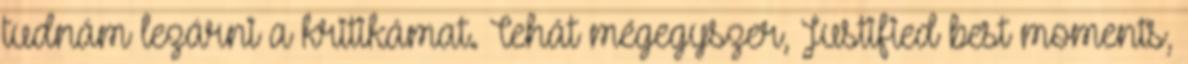
tudnám lezárni a kritikámat. Tehát mégegyszer, Justified best moments,